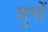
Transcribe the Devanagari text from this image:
शुगों